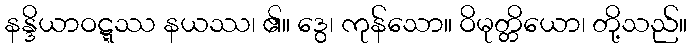
နန္ဒိယာဝဋ္ဋဿ နယဿ၊ ၏။ ဒွေ၊ ကုန်သော။ ဝိမုတ္တိယော၊ တို့သည်။